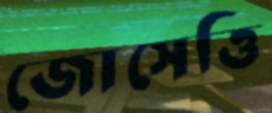
জোসেত্তি